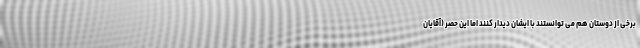
برخی از دوستان هم می توانستند با ایشان دیدار کنند اما این حصر (آقایان